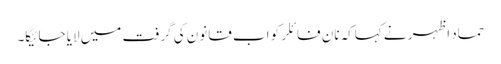
حماد اظہر نے کہاکہ نان فائلر کو اب قانون کی گرفت میں لایا جائیگا۔